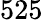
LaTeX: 525